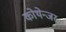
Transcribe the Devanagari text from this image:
कोथेन्जर